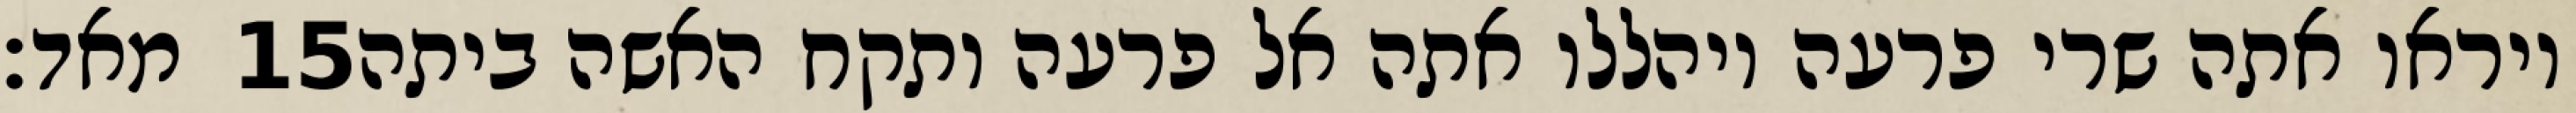
מאד׃ ‎15‏ ויראו אתה שרי פרעה ויהללו אתה אל פרעה ותקח האשה ביתה